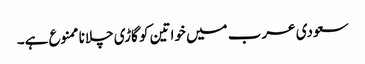
سعودی عرب میں خواتین کو گاڑی چلانا ممنوع ہے۔